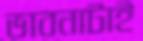
ভাবনাটাই